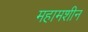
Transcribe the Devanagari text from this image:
महामशीन